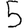
Digit: 5